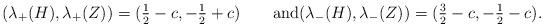
LaTeX: \begin{align*}(\lambda_+(H),\lambda_+(Z) )= (\tfrac{1}{2} - c,-\tfrac{1}{2} + c)\qquad\textup{and}(\lambda_-(H),\lambda_-(Z) ) =(\tfrac{3}{2} - c,-\tfrac{1}{2} - c).\end{align*}